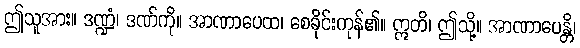
ဤသူအား။ ဒဏ္ဍံ၊ ဒဏ်ကို။ အာဏာပေထ၊ စေခိုင်းကုန်၏။ ဣတိ၊ ဤသို့။ အာဏာပေန္တိ၊